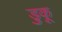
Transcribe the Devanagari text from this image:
डुकू